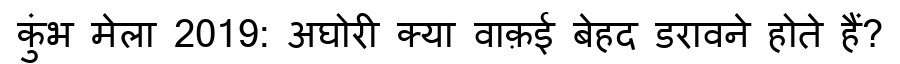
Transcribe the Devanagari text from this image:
कुंभ मेला 2019: अघोरी क्या वाक़ई बेहद डरावने होते हैं?